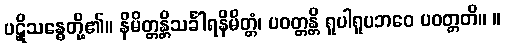
ပဋိုသန္ဓေတို့၏။ နိမိတ္တန္တိသင်္ခါရနိမိတ္တံ၊ ပဝတ္တန္တိ ရူပါရူပဘဝေ ပဝတ္တတိ။ ။